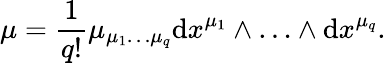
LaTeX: \mu=\frac{1}{q!}\mu_{\mu_{1}\ldots\mu_{q}}\mathrm{d}x^{\mu_{1}}\wedge\ldots\wedge\mathrm{d}x^{\mu_{q}}.